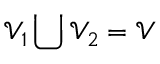
\mathcal { V } _ { 1 } \bigcup \mathcal { V } _ { 2 } = \mathcal { V }